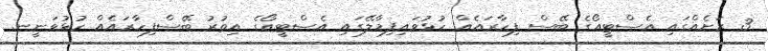
3 ރަށެއްގައި އެސްޓީއޯގެ ބޭސް ފިހާރައެއް ހުޅުވައިފިމާލޭގައި އެސްޓީއޯގެ އިތުރު ބޭސްފިހާރައެއް ހުޅުވަނީނ.